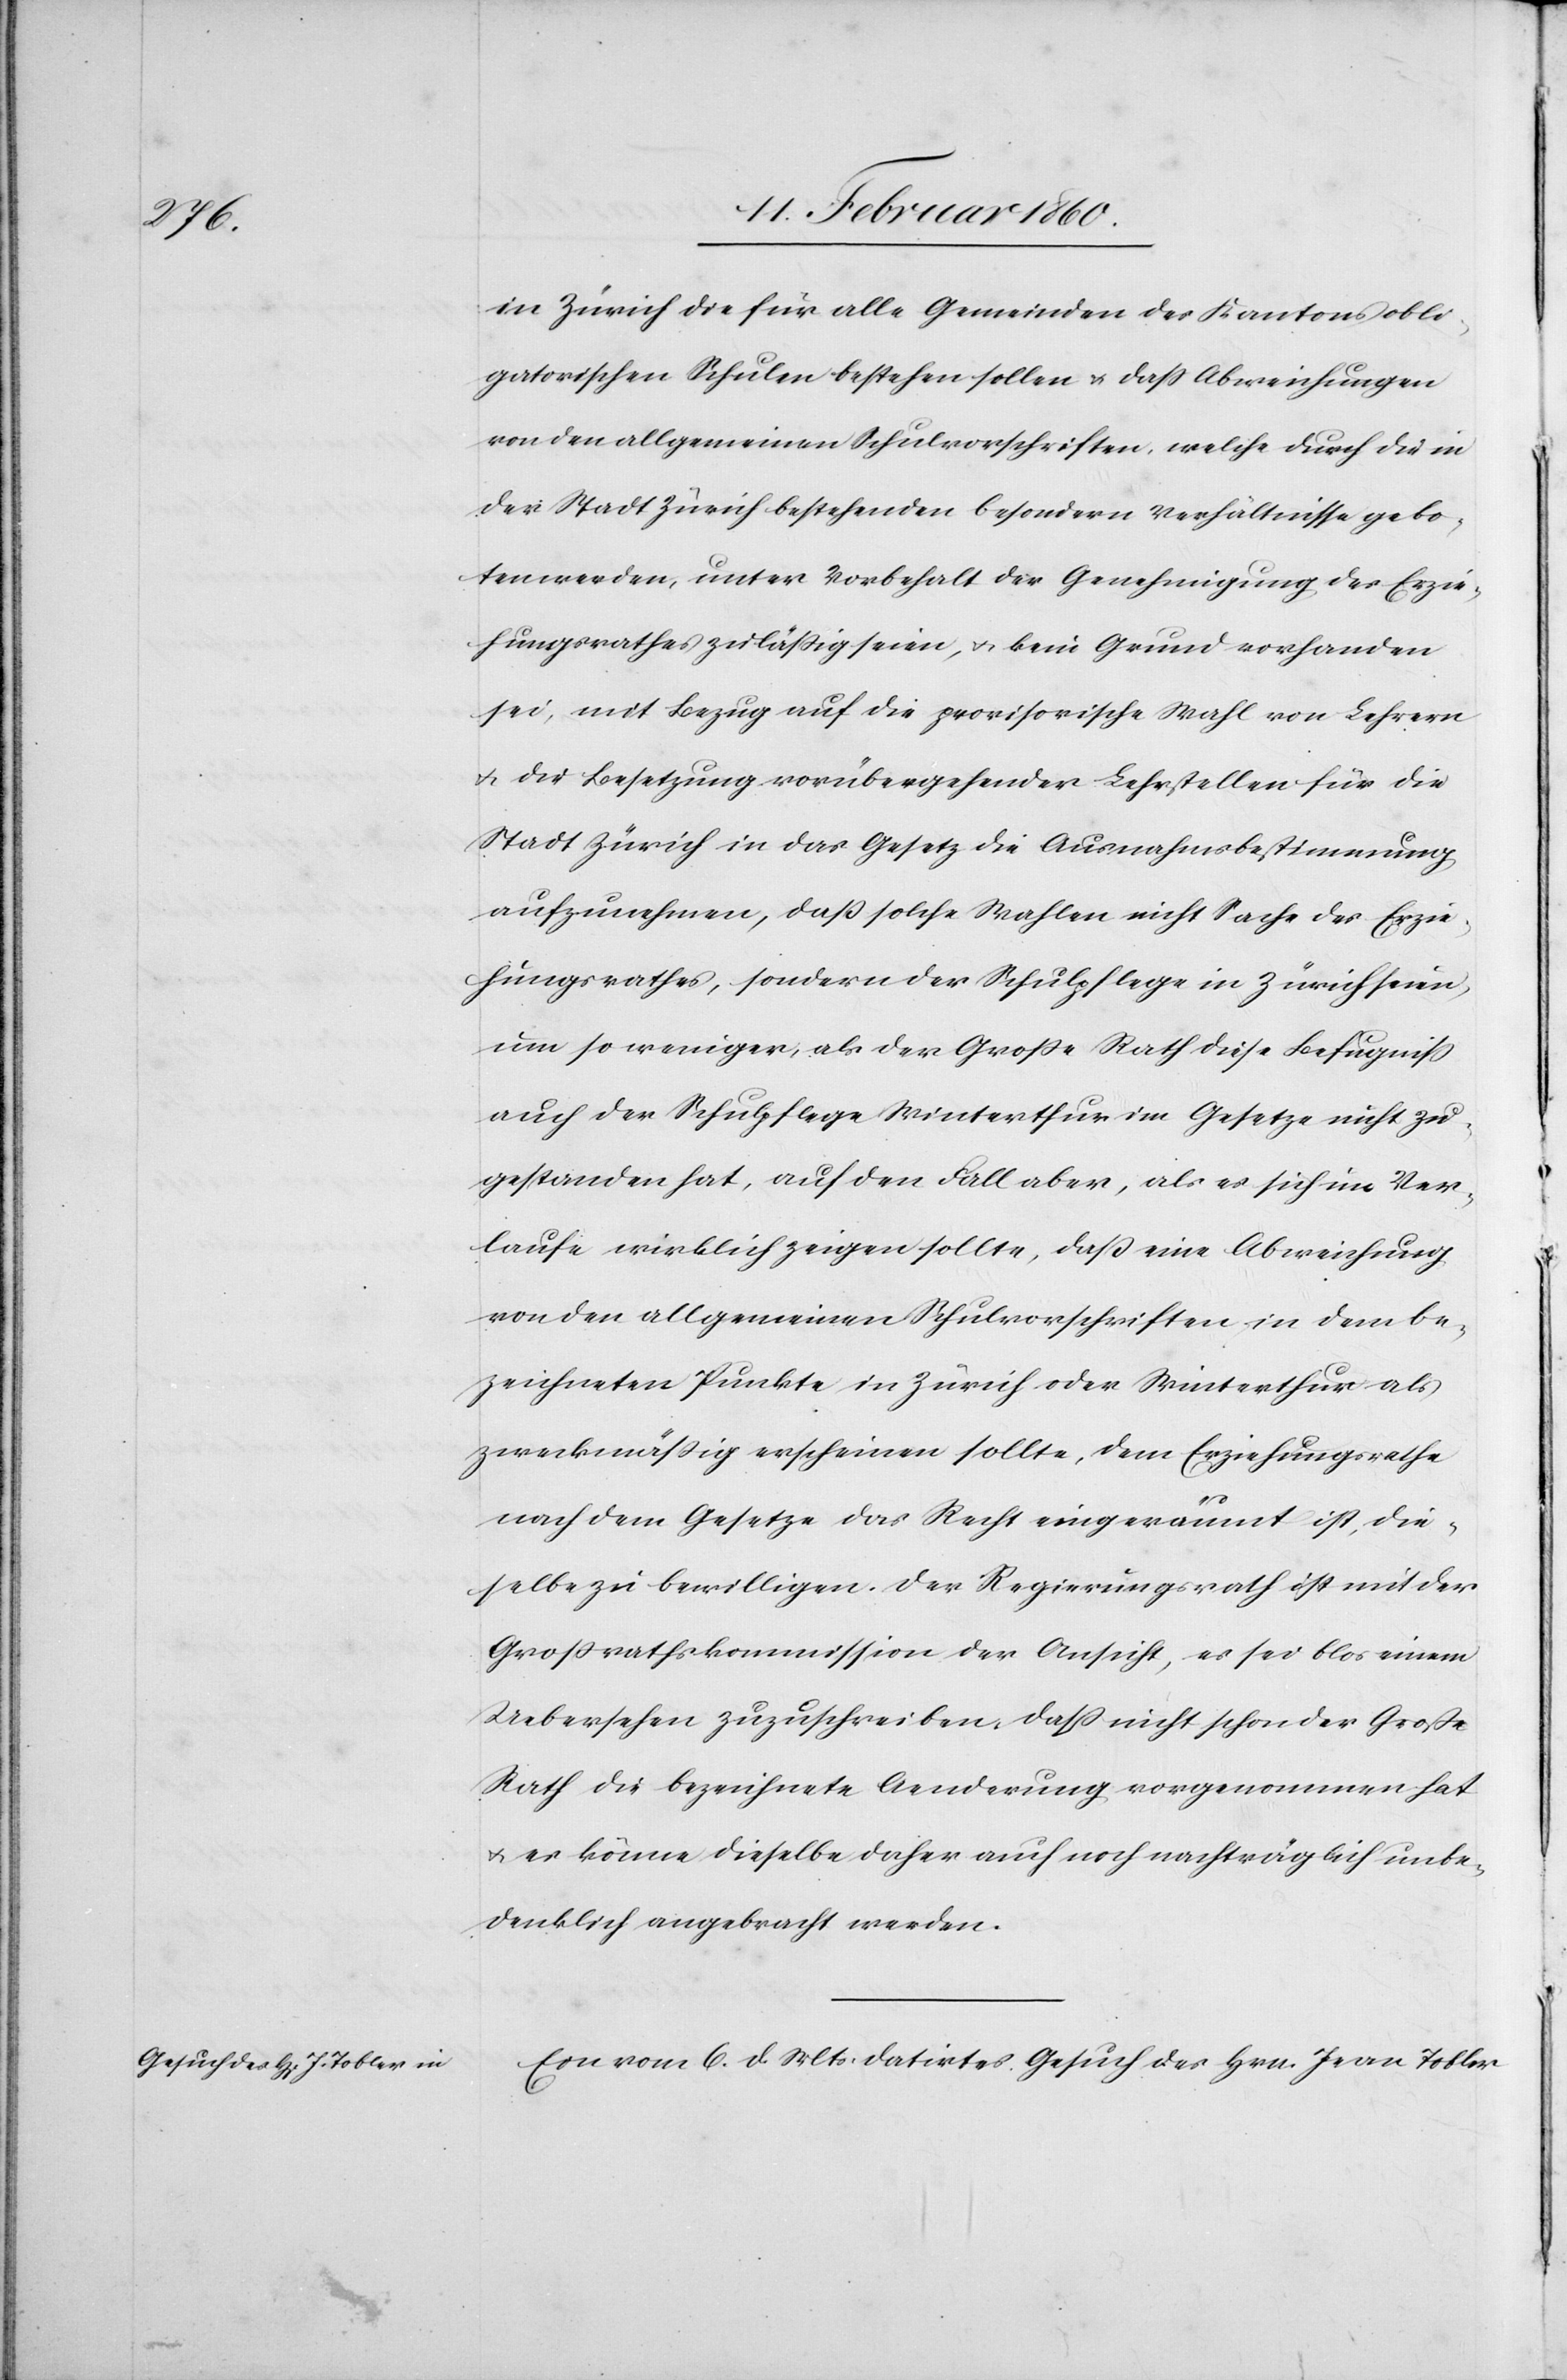
in Zürich die für alle Gemeinden des Kantons obli¬
gatorischen Schulen bestehen sollen u. dass Abweichungen
von den allgemeinen Schulvorschriften, welche durch die in
der Stadt Zürich bestehenden besondern Verhältnisse gebo¬
ten werden, unter Vorbehalt der Genehmigung des Erzie¬
hungsrathes zulässig seien, u. kein Grund vorhanden
sei mit Bezug auf die provisorische Wahl von Lehrern
u. der Besetzung vorübergehender Lehrstellen für die
Stadt Zürich in das Gesetz die Ausnahmsbestimmung
aufzunehmen, dass solche Wahlen nicht Sache des Erzie¬
hungsrathes, sondern der Schulpflege in Zürich seien,
um so weniger, als der Grosse Rath diese Befugniss
auch der Schulpflege Winterthur im Gesetze nicht zu¬
gestanden hat, auf den Fall aber, als es sich im Ver¬
laufe wirklich zeigen sollte, dass eine Abweichung
von den allgemeinen Schulvorschriften in dem be¬
zeichneten Punkte in Zürich oder Winterthur als
zweckmässig erscheinen sollte, dem Erziehungsrathe
nach dem Gesetze das Recht eingeräumt ist, die¬
selbe zu bewilligen. Der Regierungsrath ist mit der
Großrathskommission der Ansicht, es sei blos einem
Uebersehen zuzuschreiben, dass nicht schon der Grosse
Rath die bezeichnete Aenderung vorgenommen hat
u. es könne dieselbe daher auch noch nachträglich unbe¬
denklich angebracht werden.
Ein vom 6. d. Mts. datirtes Gesuch des Hrn. Jean Tobler